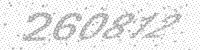
Solution: 260812